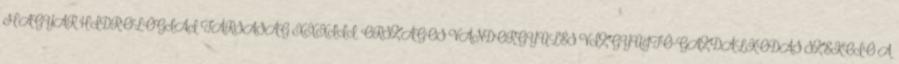
MAGYAR HIDROLÓGIAI TÁRSASÁG XXXIII. ORSZÁGOS VÁNDORGYŰLÉS VÍZGYŰJTŐ-GAZDÁLKODÁS SZEKCIÓ A